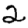
Digit: 2